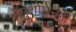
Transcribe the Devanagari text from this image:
सुशोभनही